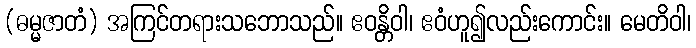
(ဓမ္မဇာတံ) အကြင်တရားသဘောသည်။ ဧဝန္တိဝါ၊ ဧဝံဟူ၍လည်းကောင်း။ မေတိဝါ၊